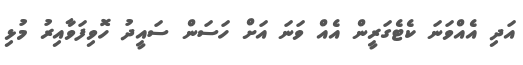
އަދި އެއްވަނަ ކެޓެގަރީން އެއް ވަނަ އަށް ހަސަން ސައީދު ހޮވިފަވާއިރު މުޅި